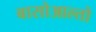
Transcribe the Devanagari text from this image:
बासोआल्तो